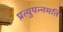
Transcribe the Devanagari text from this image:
प्रत्युपन्नमति